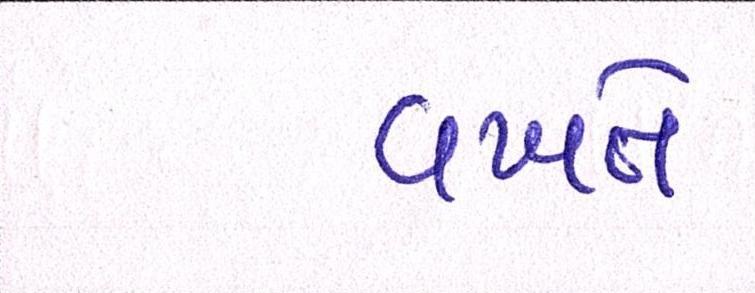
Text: વખતે